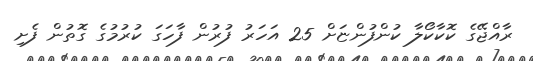
ރާއްޖޭގެ ކޮކާކޯލާ ކުންފުންޏަށް 25 އަހަރު ފުރުން ފާހަގަ ކުރުމުގެ ގޮތުން ފެށި